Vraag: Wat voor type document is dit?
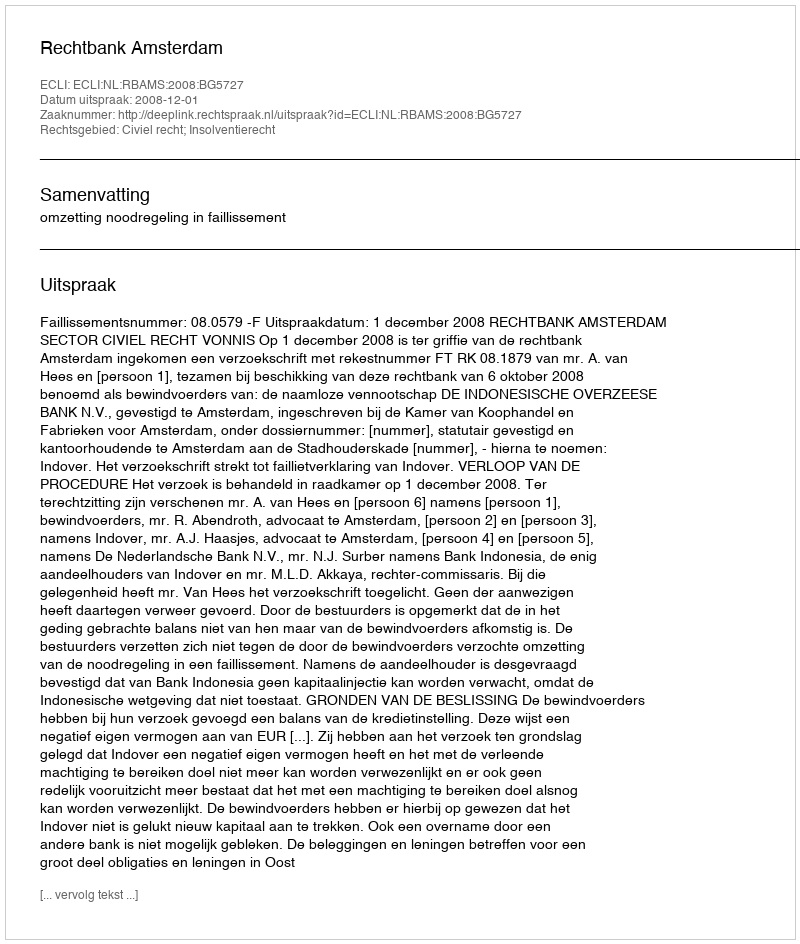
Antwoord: Uitspraak